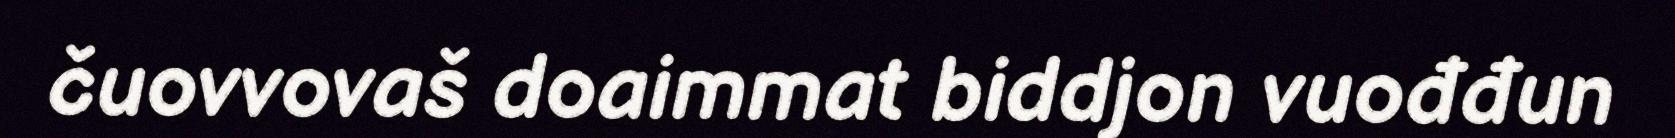
čuovvovaš doaimmat biddjon vuođđun